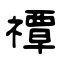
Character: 禫